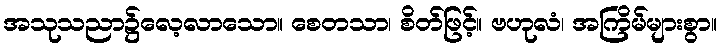
အသုသညာ၌လေ့လာသော။ စေတသာ၊ စိတ်ဖြင့်။ ဗဟုလံ၊ အကြိမ်များစွာ။